Problem: 14 + 40 = ?
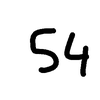
Handwritten answer: 54